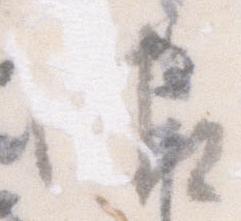
御